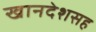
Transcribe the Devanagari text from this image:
खानदेशसह